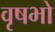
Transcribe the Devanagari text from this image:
वृषभो